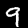
Label: 9